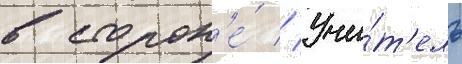
в сторон'е́ // Учи́т'ель